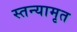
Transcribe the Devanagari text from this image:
स्तन्यामृत